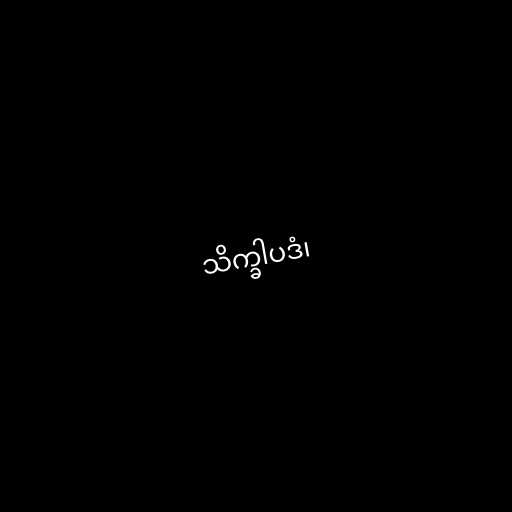
သိက္ခါပဒံ၊